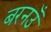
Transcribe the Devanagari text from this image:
बरनउँ